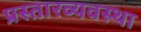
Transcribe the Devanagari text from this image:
प्रस्तारव्यवस्था